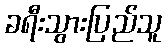
ခရီးသွားပြည်သူ